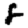
Digit: 8